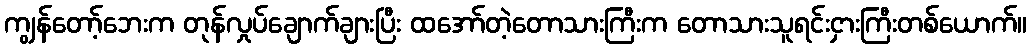
ကျွန်တော့်ဘေးက တုန်လှုပ်ချောက်ချားပြီး ထအော်တဲ့တောသားကြီးက တောသားသူရင်းငှားကြီးတစ်ယောက်။